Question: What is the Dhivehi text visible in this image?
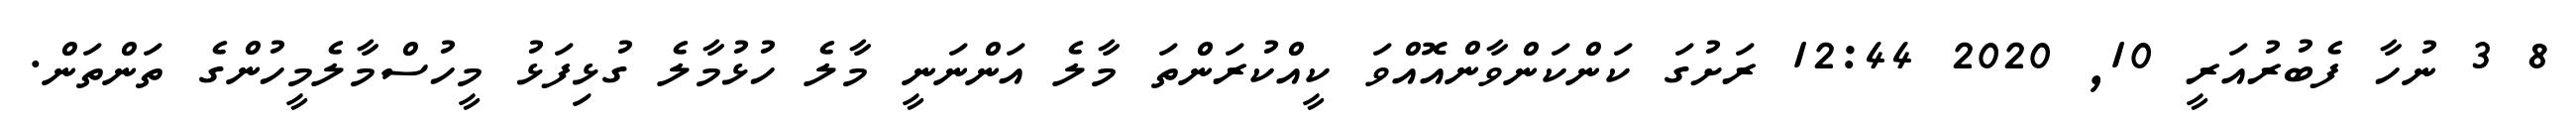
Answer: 8 3 ނުހާ ފެބުރުއަރީ 10, 2020 12:44 ރަށުގަ ކަންކަންވާންއޮއްވަ ކީއްކުރަންތަ މާލެ އަންނަނީ މާލެ ހުޅުމާލެ ގުޅިފަޅު މީހުސްމާލެމީހުންގެ ތަންތަން.